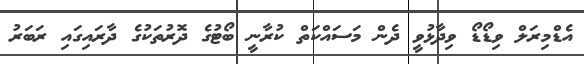
އެޑްމިރަލް ވިޑޯޑޯ ވިދާޅުވީ ދެން މަސައްކަތް ކުރާނީ ބޯޓުގެ ދޮރުތަކުގެ ދާރައިގައި ރަބަރު